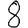
Digit: 8